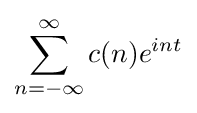
\sum _{n=-\infty }^{\infty }c(n)e^{int}